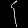
Digit: ၄